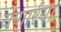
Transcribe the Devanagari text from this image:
येणार्रया